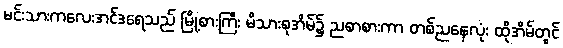
မင်းသားကလေးအင်ဒရေသည် မြို့စားကြီး မိသားစုအိမ်၌ ညစာစားကာ တစ်ညနေလုံး ထိုအိမ်တွင်